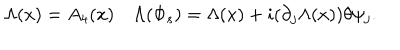
\Lambda ( x ) = A _ { 4 } ( x ) \quad \Lambda ( \Phi _ { s } ) = \Lambda ( x ) + i ( \partial _ { j } \Lambda ( x ) ) \theta \psi _ { j } .